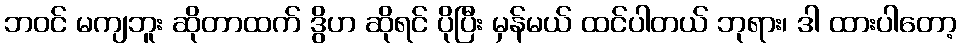
ဘဝင် မကျဘူး ဆိုတာထက် ဒွိဟ ဆိုရင် ပိုပြီး မှန်မယ် ထင်ပါတယ် ဘုရား၊ ဒါ ထားပါတော့